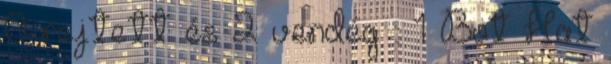
0 rejtett és 2 vendég :: 1 Bot Hat